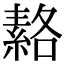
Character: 𦃅